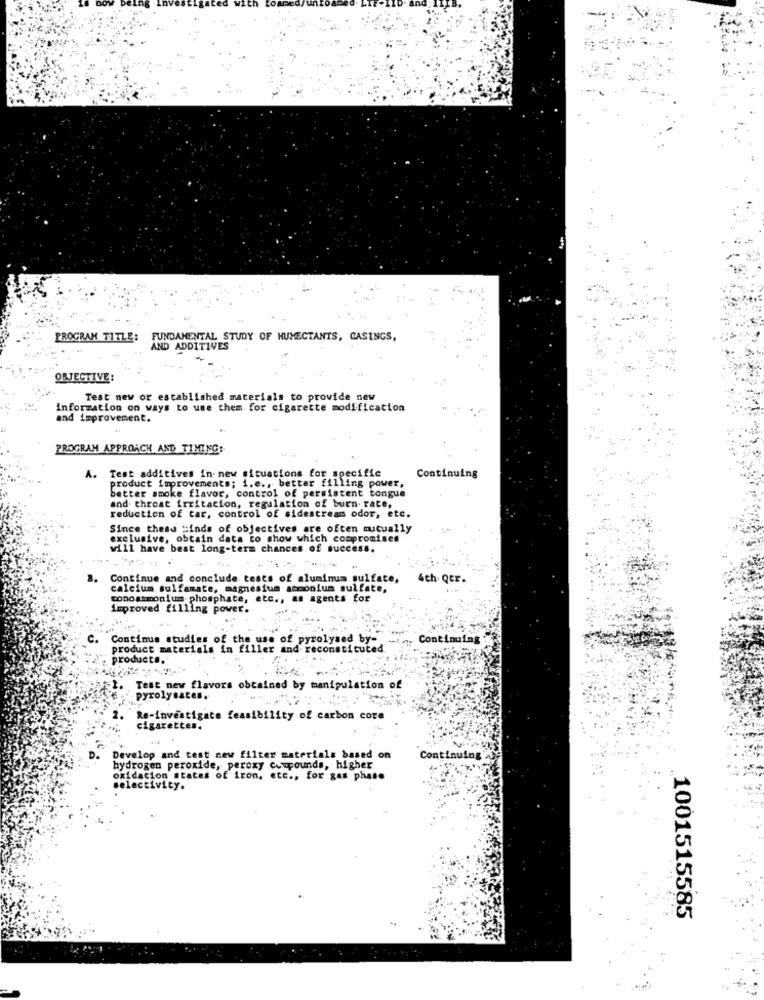
PROGRAM TITLE:
FUNDAMENTAL STUDY OF HUMECTANTS, CASINGS,
AND ADDITIVES
OBJECTIVE:
Test new or established materials to provide new
Information on ways to use them for cigarette modification
and improvement.
PROGRAM APPROACH AND TIMING:
A. Test additives in new situations for specific
product improvements; i.e ., better filling power,
Continuing
better smoke flavor, control of persistent tongue
and throat irritation, regulation of burn rate,
reduction of tar, control of sidescreas odor, etc.
Since these Minds of objectives are often mutually
exclusive, obtain data to show which compromises
will have best long-term chances of success.
3.
Continue and conclude tests of aluminum sulfate,
4th. Qtr.
calcium sulfamate, magnesium atmonium sulfate,
conoammonium-phosphate, etc ., as agents for
Improved filling power.
C.
Continue studies of the use of pyrolysed by-
Continuing
product materials in filler
constitu
products."
Test new flavors obtained by manipulation of
pyrolysates.
Re-investigate feasibility of carbon core
cigarettes.
Develop and test new filter materials based on
Continuing
hydrogen peroxide, peroxy compounds, higher
oxidation states of iron, etc ., for gas phase
selectivity.
1001515585